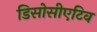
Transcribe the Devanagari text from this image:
डिसोसीएटिव